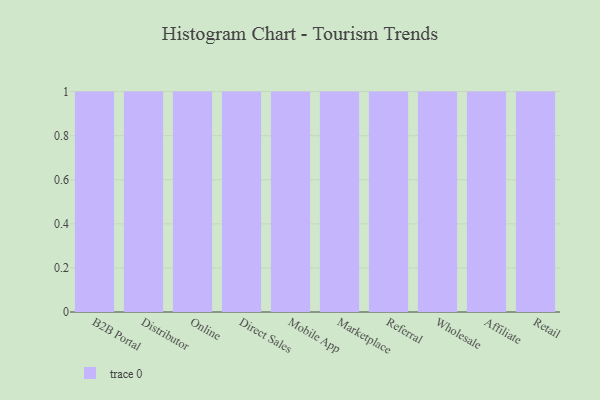
{"axis": {"x": "Channel", "y": "Tickets Resolved"}, "legend": [""], "data": [{"x": "B2B Portal", "y": 5, "type": ""}, {"x": "Distributor", "y": 55, "type": ""}, {"x": "Online", "y": 59, "type": ""}, {"x": "Direct Sales", "y": 36, "type": ""}, {"x": "Mobile App", "y": 99, "type": ""}, {"x": "Marketplace", "y": 14, "type": ""}, {"x": "Referral", "y": 49, "type": ""}, {"x": "Wholesale", "y": 90, "type": ""}, {"x": "Affiliate", "y": 47, "type": ""}, {"x": "Retail", "y": 94, "type": ""}]}